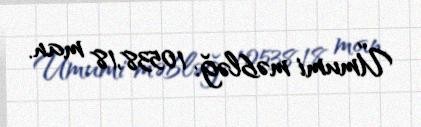
Ümumi məbləğ: 10538,18 man.